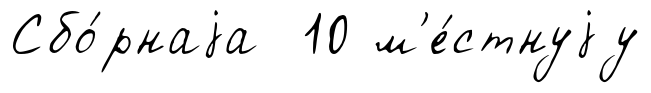
Сбо́рнаjа 10 м'е́стнуjу